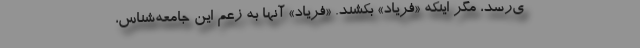
ي‌رسد، مگر اينكه «فرياد» بكشند. «فرياد» آنها به زعم اين جامعه‌شناس،